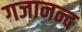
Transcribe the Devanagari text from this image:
गजानन्द